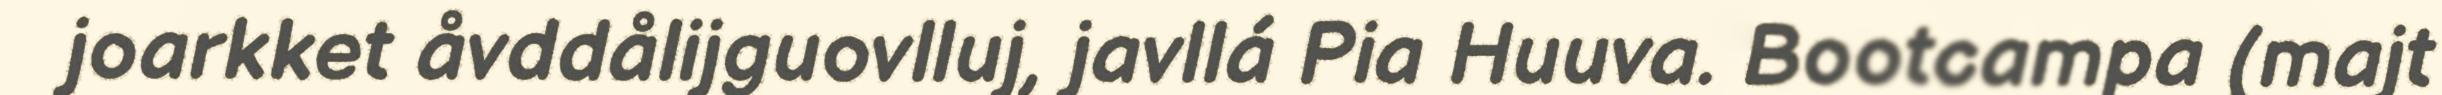
joarkket åvddålijguovlluj, javllá Pia Huuva. Bootcampa (majt